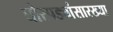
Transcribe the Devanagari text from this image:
घोरपड्यांसारख्या